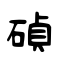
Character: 碵